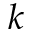
k